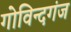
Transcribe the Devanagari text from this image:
गोविन्‍दगंज